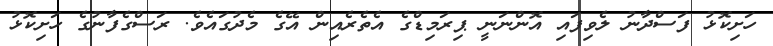
ހަށިކޮޅު ފަސްދާނު ލެވިފައި އޮންނަނީ ޕިރަމިޑްގެ އެތެރެއިން އޭގެ މެދުގައެވެ. ރަސްގެފާނުގެ ހަށިކޮޅު